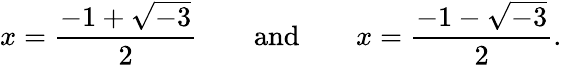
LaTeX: x={\frac{-1+{\sqrt{-3}}}{2}}\quad\quad{\mathrm{and}}\quad\quad x={\frac{-1-{\sqrt{-3}}}{2}}.